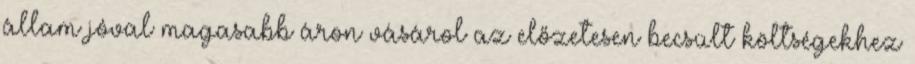
állam jóval magasabb áron vásárol az előzetesen becsült költségekhez